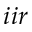
i i r